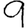
Digit: 9